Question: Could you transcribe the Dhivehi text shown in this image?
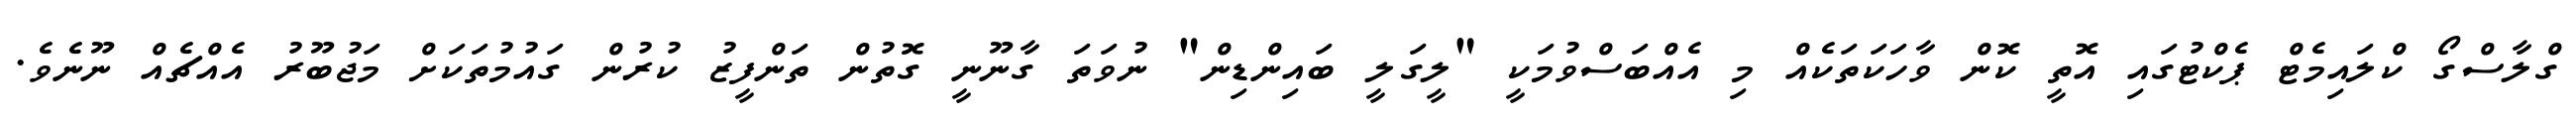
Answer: ގްލާސްގޯ ކްލައިމެޓް ޕެކްޓުގައި އޮތީ ކޮން ވާހަކަތަކެއް މި އެއްބަސްވުމަކީ "ލީގަލީ ބައިންޑިން" ނުވަތަ ގާނޫނީ ގޮތުން ތަންފީޒު ކުރުން ގައުމުތަކަށް މަޖުބޫރު އެއްޗެއް ނޫނެވެ.